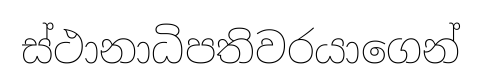
ස්ථානාධිපතිවරයාගෙන්